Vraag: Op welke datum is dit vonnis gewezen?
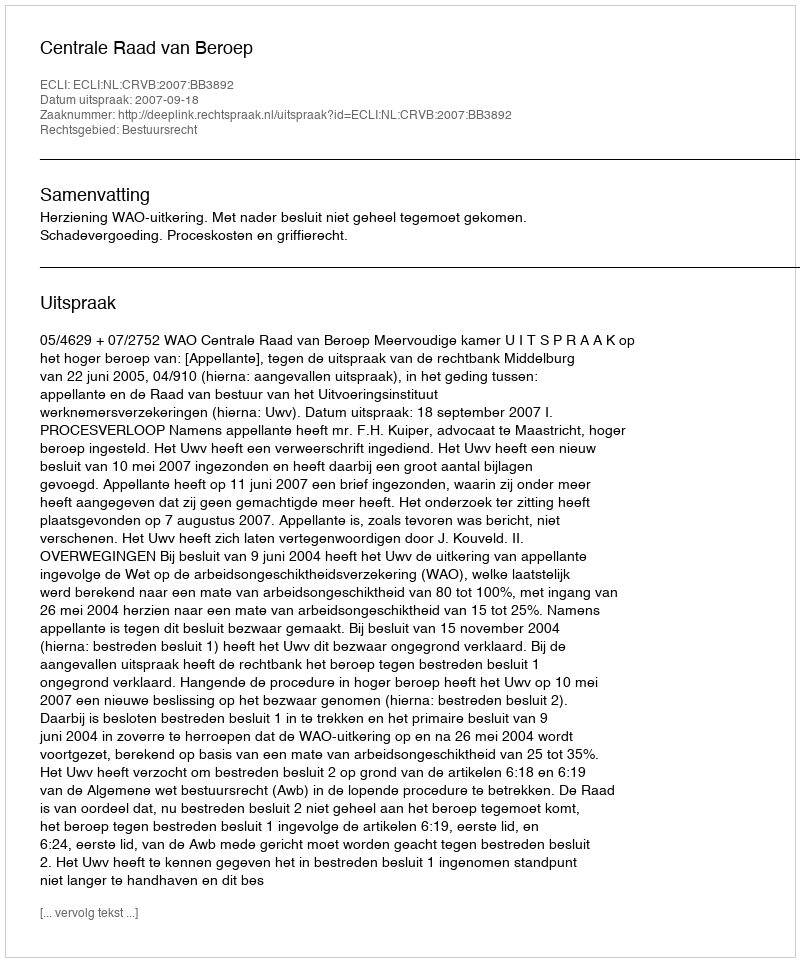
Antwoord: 2007-09-18